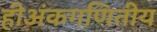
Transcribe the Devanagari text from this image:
हीअंकगणितीय